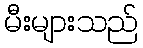
မီးများသည်